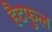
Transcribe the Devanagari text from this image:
हैटफुल